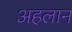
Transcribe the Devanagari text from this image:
अहलान